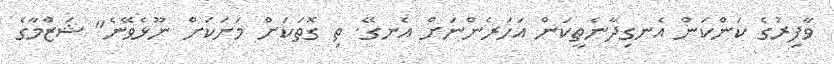
ވާފިރުގެ ކަންކަން އެނގިދާނެތީކަން އަހަރެންނަށް އެނގޭ. ތި ގޮތަކަށް މަށަކަށް ނޫޅެވޭނެ" ޝަޒްމާގެ